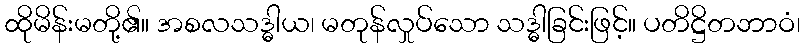
ထိုမိန်းမတို့၏။ အစလသဒ္ဓါယ၊ မတုန်လှုပ်သော သဒ္ဓါခြင်းဖြင့်။ ပတိဋ္ဌိတဘာဝံ၊